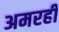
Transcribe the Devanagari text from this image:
अमरही